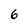
Character: 6